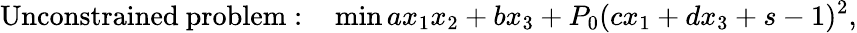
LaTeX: \mathrm{Unconstrained\ problem:\quad}\operatorname*{min}ax_{1}x_{2}+bx_{3}+P_{0}(cx_{1}+dx_{3}+s-1)^{2},